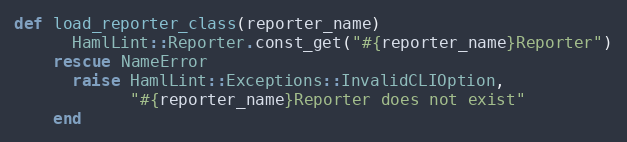
Language: Ruby
def load_reporter_class(reporter_name)
      HamlLint::Reporter.const_get("#{reporter_name}Reporter")
    rescue NameError
      raise HamlLint::Exceptions::InvalidCLIOption,
            "#{reporter_name}Reporter does not exist"
    end